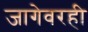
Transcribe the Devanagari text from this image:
जागेवरही